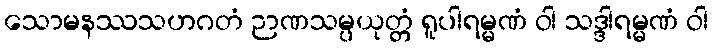
သောမနဿသဟဂတံ ဉာဏသမ္ပယုတ္တံ ရူပါရမ္မဏံ ဝါ သဒ္ဒါရမ္မဏံ ဝါ